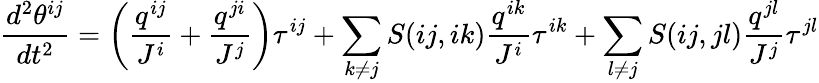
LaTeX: {\frac{d^{2}\theta^{ij}}{dt^{2}}}=\left({\frac{q^{ij}}{J^{i}}}+{\frac{q^{ji}}{J^{j}}}\right)\tau^{ij}+\sum_{k\neq j}S(ij,ik){\frac{q^{ik}}{J^{i}}}\tau^{ik}+\sum_{l\neq j}S(ij,jl){\frac{q^{jl}}{J^{j}}}\tau^{jl}